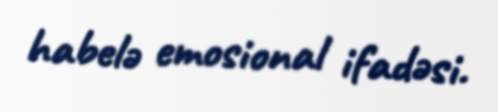
habelə emosional ifadəsi.